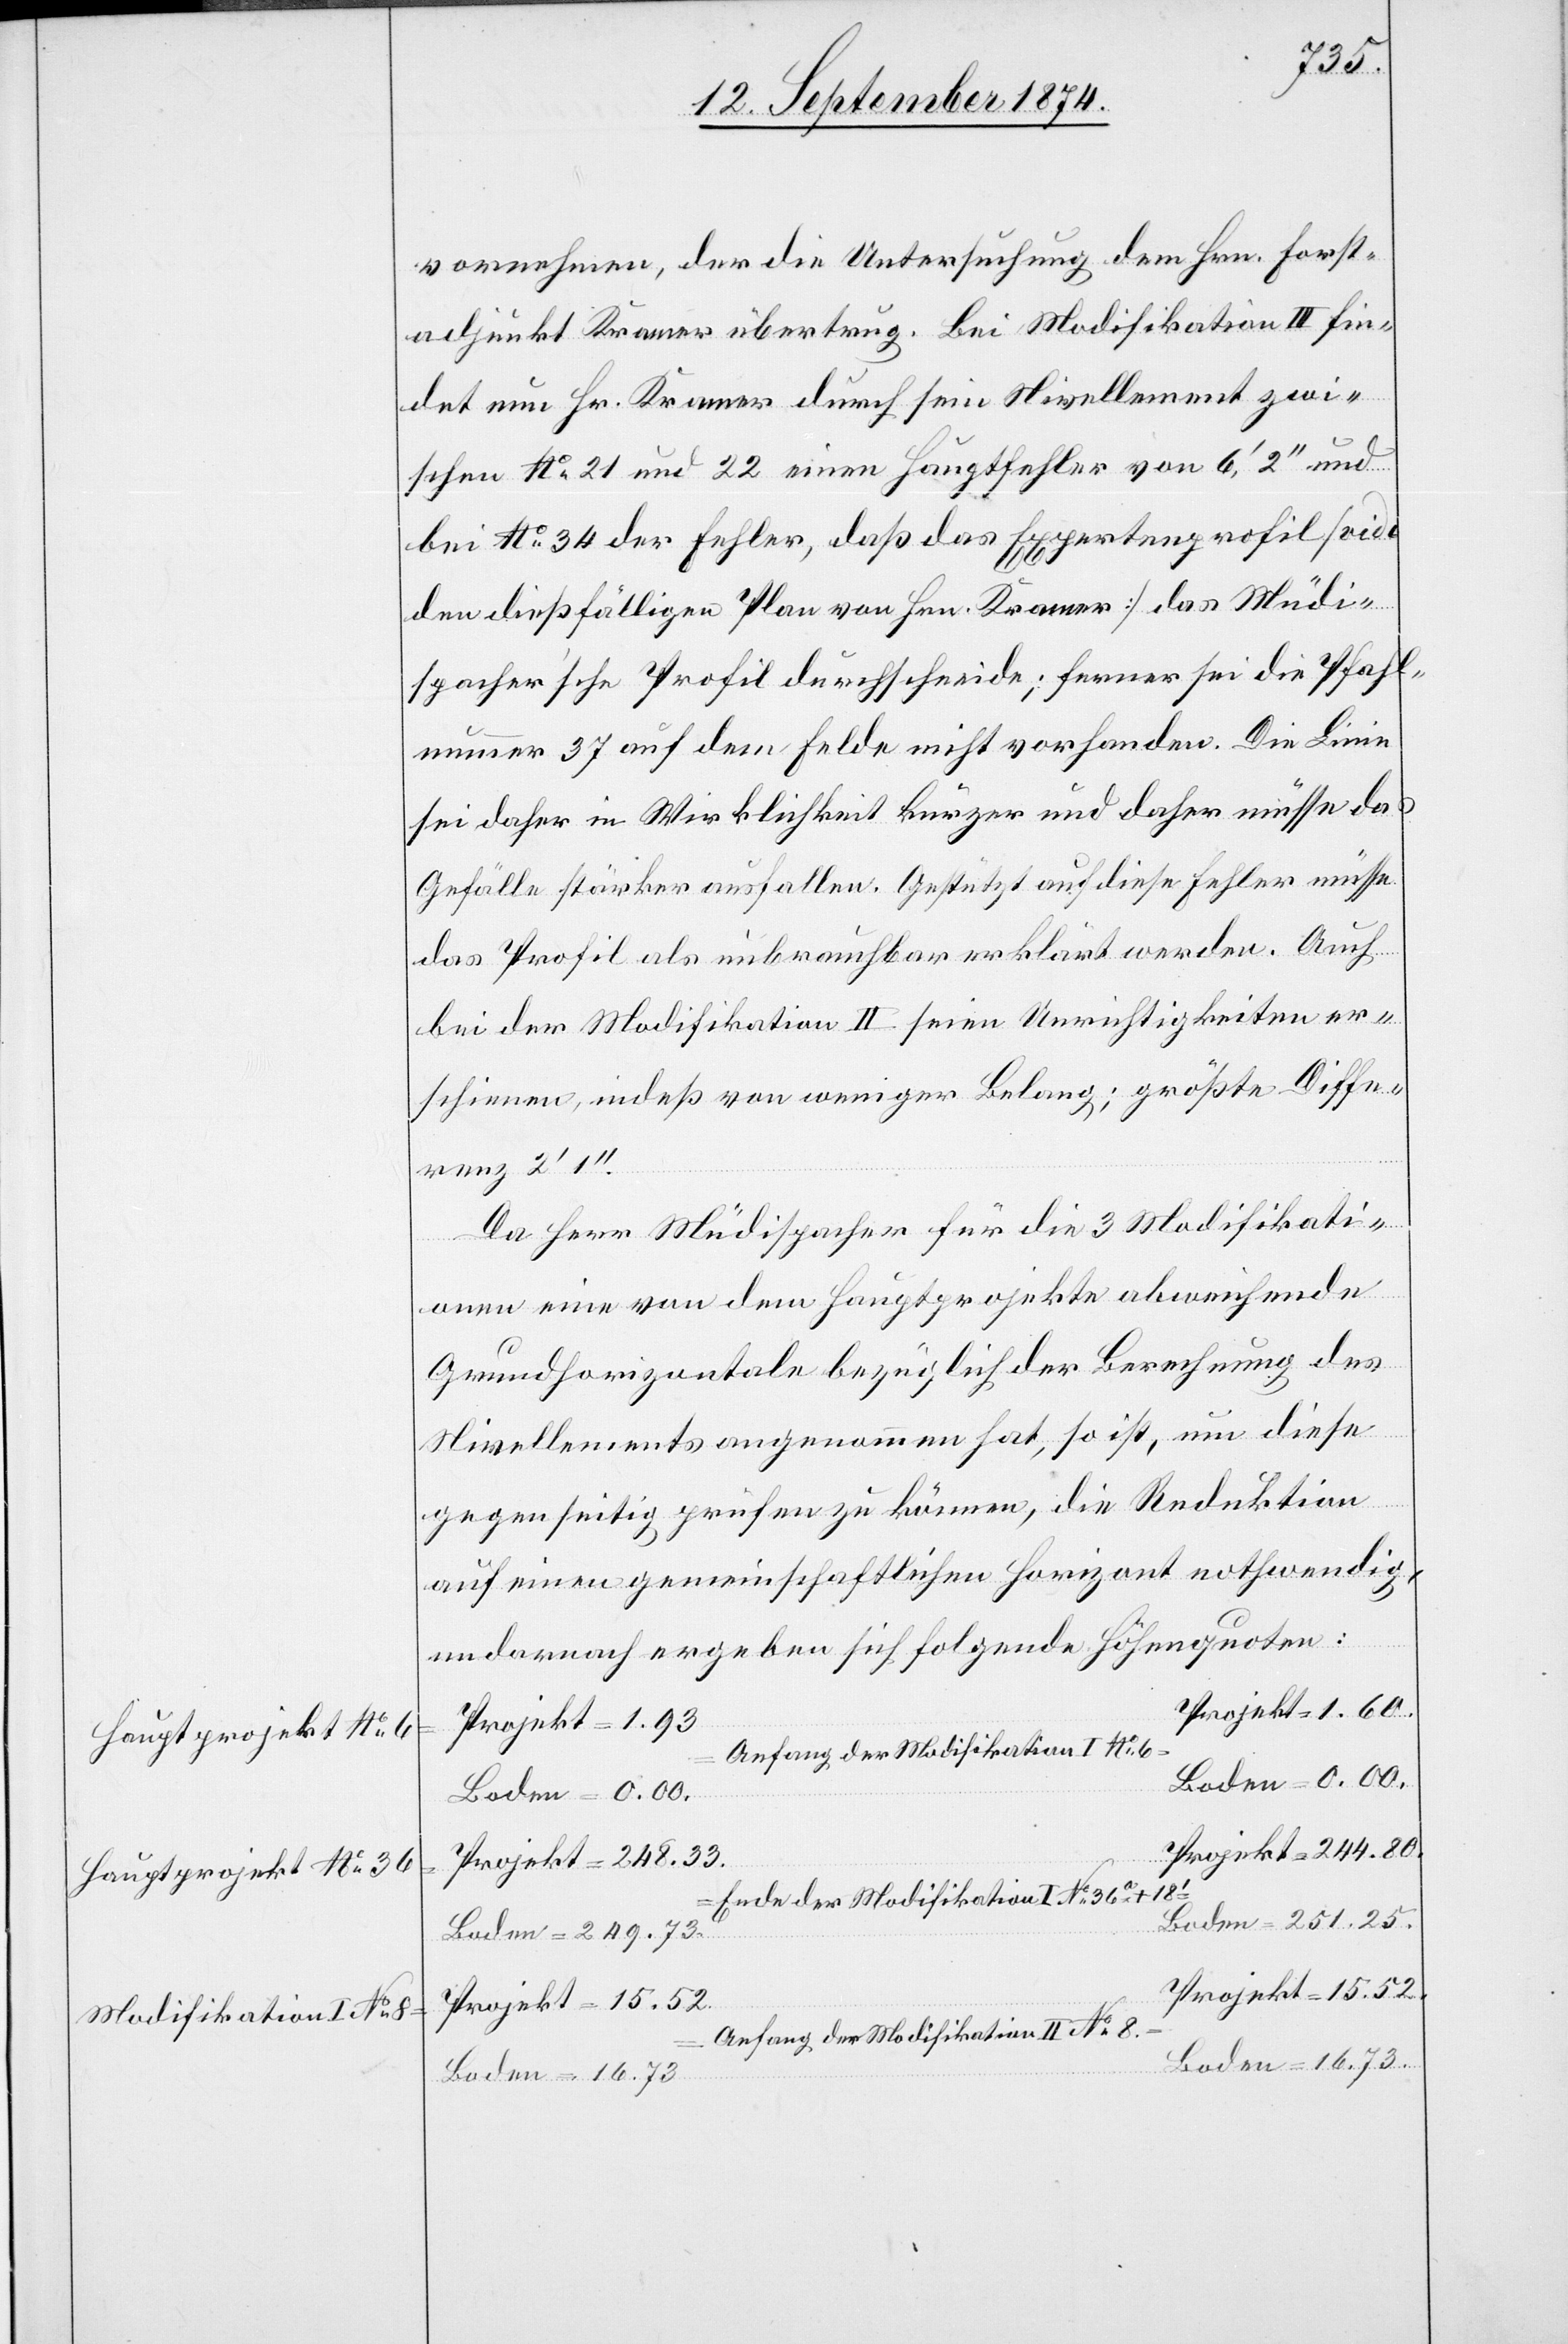
Hauptprojekt No 6
Hauptprojekt No 36
Modifikation I No 8

No 36a
vornehmen, der die Untersuchung dem Hrn. Forst¬
adjunkt Kramer übertrug. Bei Modifikation III fin¬
det nun Hr. Kramer durch sein Nivellement zwi¬
schen No 21 und 22 einen Hauptfehler von 6‘, 2‘‘ und
bei No 34 der Fehler, daß das Expertenprofil [vide
den dießfälligen Plan von Hrn. Kramer] das Müdi¬
spacher’sche Profil durchschneide; ferner sei die Pfahl¬
nummer 37 auf dem Felde nicht vorhanden. Die Linie
sei daher in Wirklichkeit kürzer und daher müsse das
Gefälle stärker ausfallen. Gestützt auf diese Fehler müsse
das Profil als unbrauchbar erklärt werden. Auch
bei der Modifikation II seien Unrichtigkeiten er¬
schienen, indeß von weniger Belang; größte Diffe¬
renz 2‘ 1‘‘.
Da Herr Müdispacher für die 3 Modifikati¬
onen eine von dem Hauptprojekte abweichende
Grundhorizontale bezüglich der Berechnung des
Nivellements angenommen hat, so ist, um diese
gegenseitig prüfen zu können, die Reduktion
auf einen gemeinschaftlichen Horizont nothwendig,
darnach ergeben sich folgende Höhenquoten:
Projekt = 1.60.
Projekt = 15.25
Projekt = 248.33
Ende der Modifikation I
Boden = 251.25
Boden = 249.73
Projekt = 15.25.
Anfang der Modifikation II No 8
Boden = 16.73
Boden = 16.73